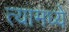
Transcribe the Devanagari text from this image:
त्‍यामध्‍ये